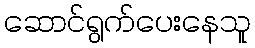
ဆောင်ရွက်ပေးနေသူ